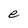
Character: e